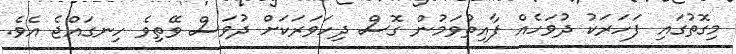
މިގޮތުގައި ފަހަރަކު ދުވަހެއް ފާއިތުވަމުން ގޮސް ދިހަވަރަކަށް ދުވަސް ވޭތިވެ ހިނގައްޖެ އެވެ.